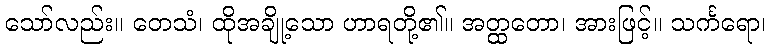
သော်လည်း။ တေသံ၊ ထိုအချို့သော ဟာရတို့၏။ အတ္ထတော၊ အားဖြင့်။ သင်္ကရော၊